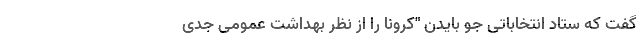
گفت که ستاد انتخاباتی جو بایدن "کرونا را از نظر بهداشت عمومی جدی